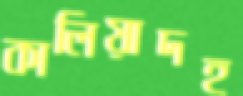
কালিয়াদহ